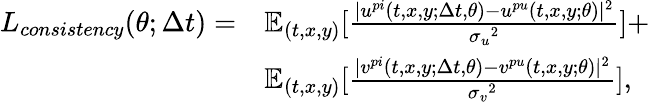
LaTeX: \begin{array}{rl}{L_{consistency}(\theta;\Delta t)=}&{\mathbb{E}_{(t,x,y)}[\frac{|{u}^{pi}(t,x,y;\Delta t,\theta)-{u}^{pu}(t,x,y;\theta)|^{2}}{{\sigma_{u}}^{2}}]+}\\ &{\mathbb{E}_{(t,x,y)}[\frac{|{v}^{pi}(t,x,y;\Delta t,\theta)-{v}^{pu}(t,x,y;\theta)|^{2}}{{\sigma_{v}}^{2}}],}\end{array}